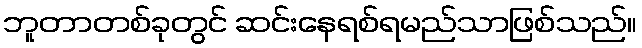
ဘူတာတစ်ခုတွင် ဆင်းနေရစ်ရမည်သာဖြစ်သည်။